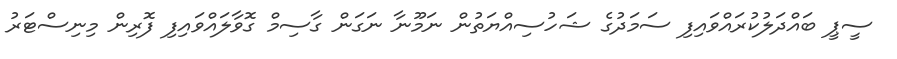
ސީޕީ ބައްދަލުކުރައްވައިފި ސަމަދުގެ ޝަހުސިއްޔަތުން ނަމޫނާ ނަގަން ގާސިމް ގޮވާލައްވައިފި ފޮރިން މިނިސްޓަރު